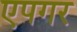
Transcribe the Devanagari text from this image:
एपगर